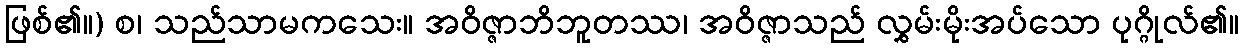
ဖြစ်၏။) စ၊ သည်သာမကသေး။ အဝိဇ္ဇာဘိဘူတဿ၊ အဝိဇ္ဇာသည် လွှမ်းမိုးအပ်သော ပုဂ္ဂိုလ်၏။